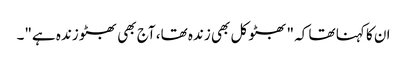
ان کا کہنا تھا کہ "بھٹو کل بھی زندہ تھا، آج بھی بھٹو زندہ ہے"۔